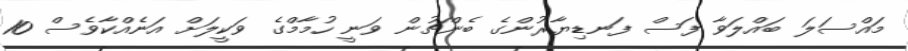
މައްސަލަ ބައްލަވާ ފަސް ފަނޑިޔާރުންގެ ބެންޗުން ވަނީ ހުމާމްގެ ވަކީލަށް އަނެއްކާވެސް 10